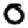
Digit: 0